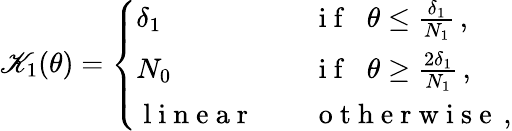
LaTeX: \begin{array}{r}{\mathscr{K}_{1}(\theta)=\left\{ \begin{array}{ll}{\delta_{1}}&{\quad\mathrm{~i~f~}\; \; \theta\leq\frac{\delta_{1}}{N_{1}}\, ,}\\ {N_{0}}&{\quad\mathrm{~i~f~}\; \; \theta\geq\frac{2\delta_{1}}{N_{1}}\, ,}\\ {\mathrm{~l~i~n~e~a~r~}}&{\quad\mathrm{~o~t~h~e~r~w~i~s~e~}\, ,}\end{array}\right.}\end{array}